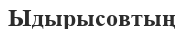
Ыдырысовтың